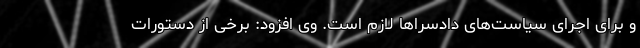
و برای اجرای سیاست‌های دادسراها لازم است. وی افزود: برخی از دستورات